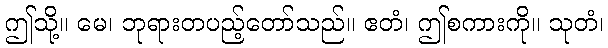
ဤသို့။ မေ၊ ဘုရားတပည့်တော်သည်။ ဧတံ၊ ဤစကားကို။ သုတံ၊